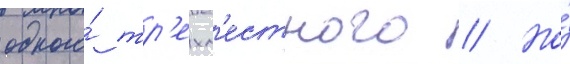
одного́ тр'ехм'естного // Но́